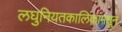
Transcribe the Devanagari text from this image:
लघुनियतकालिकांमधून